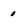
Character: 0